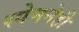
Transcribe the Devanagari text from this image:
स्पेननेही